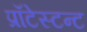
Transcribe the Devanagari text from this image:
प्रॉटेस्टन्ट